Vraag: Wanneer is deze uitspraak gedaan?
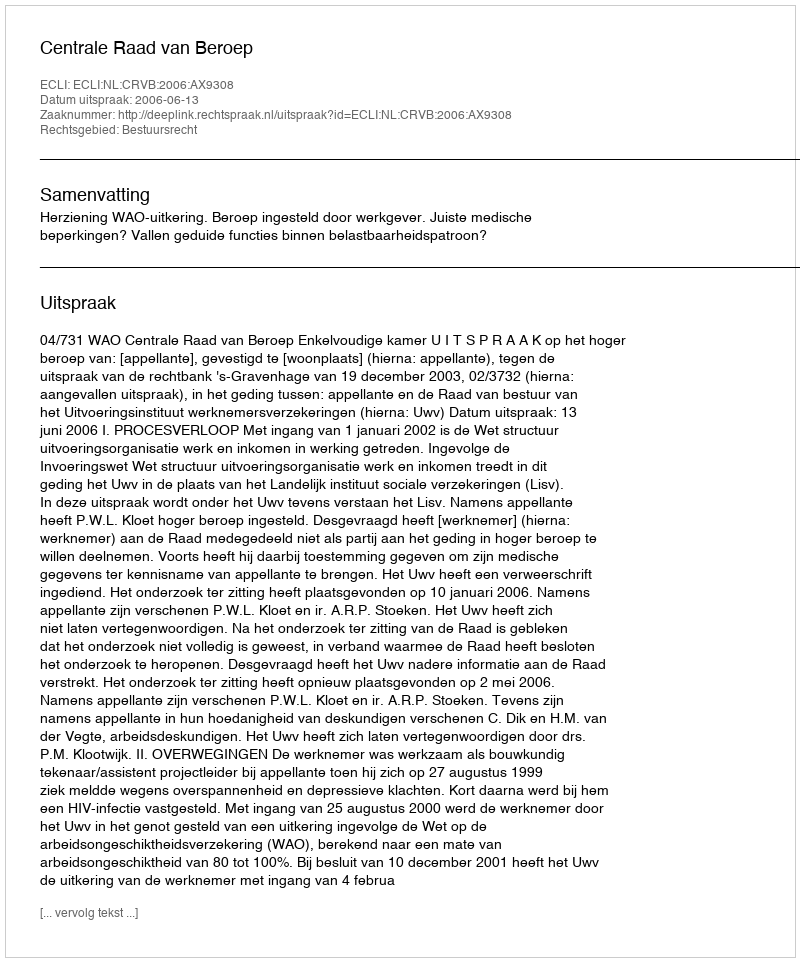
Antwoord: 2006-06-13